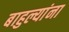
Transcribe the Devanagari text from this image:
बाहुल्यांना